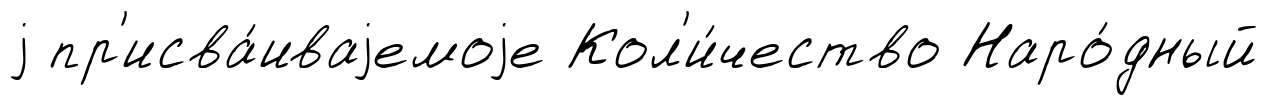
j пр'исва́иваjемоjе Кол'и́чество Наро́дный